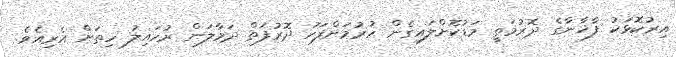
އިރުކޮޅަކު ފާޚާނާގެ ދޮރުމަތީ މަޑުކޮށްލައިގެން ހުރުމަށްފަހު ދޮރުފަތް ދަމާލަން ރުހައިލު ހިތަށް އެރިއެވެ.